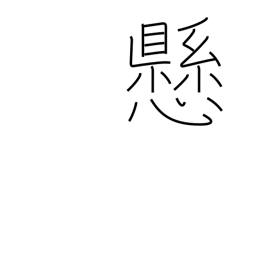
Meaning: state of suspension